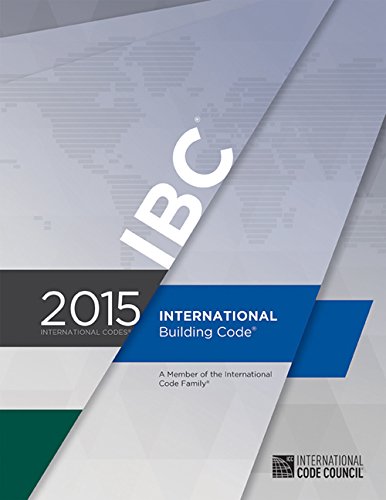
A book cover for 2015 International Building Code; International Code Council; Engineering & Transportation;